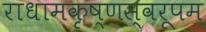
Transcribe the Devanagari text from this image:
राधामकृष्णस्वरूपम